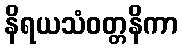
နိရယသံဝတ္တနိကာ